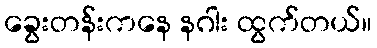
ခွေးတန်းကနေ နဂါး ထွက်တယ်။